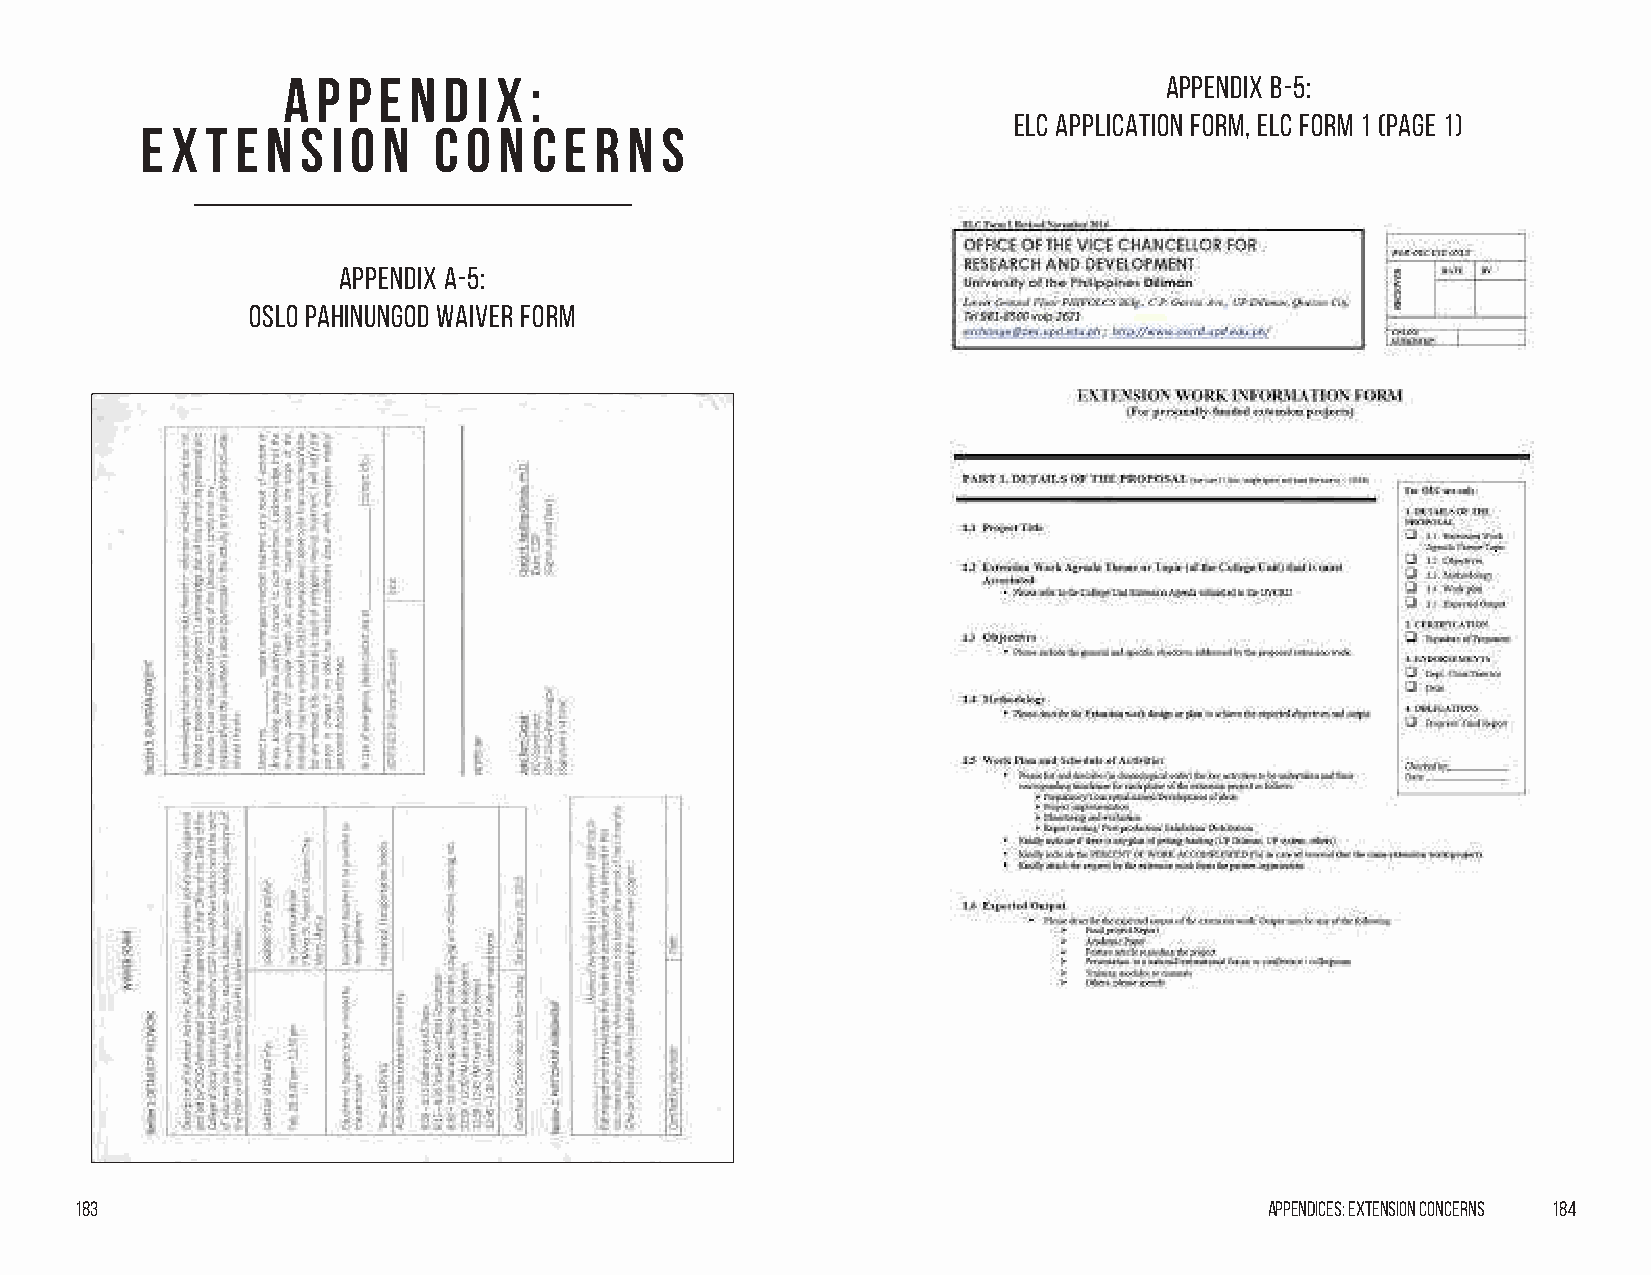
A p p e n d  i X :                                        Appendix B-5:
 ELC APPLICATION Form, ELC FORM 1 (PAGE 1)
 E x  t e n s i o n  C o n c e r n  s
 Appendix A-5:
 OSLO Pahinungod Waiver Form
 183                                                                            Appendices: Extension Concerns 184